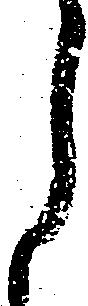
月